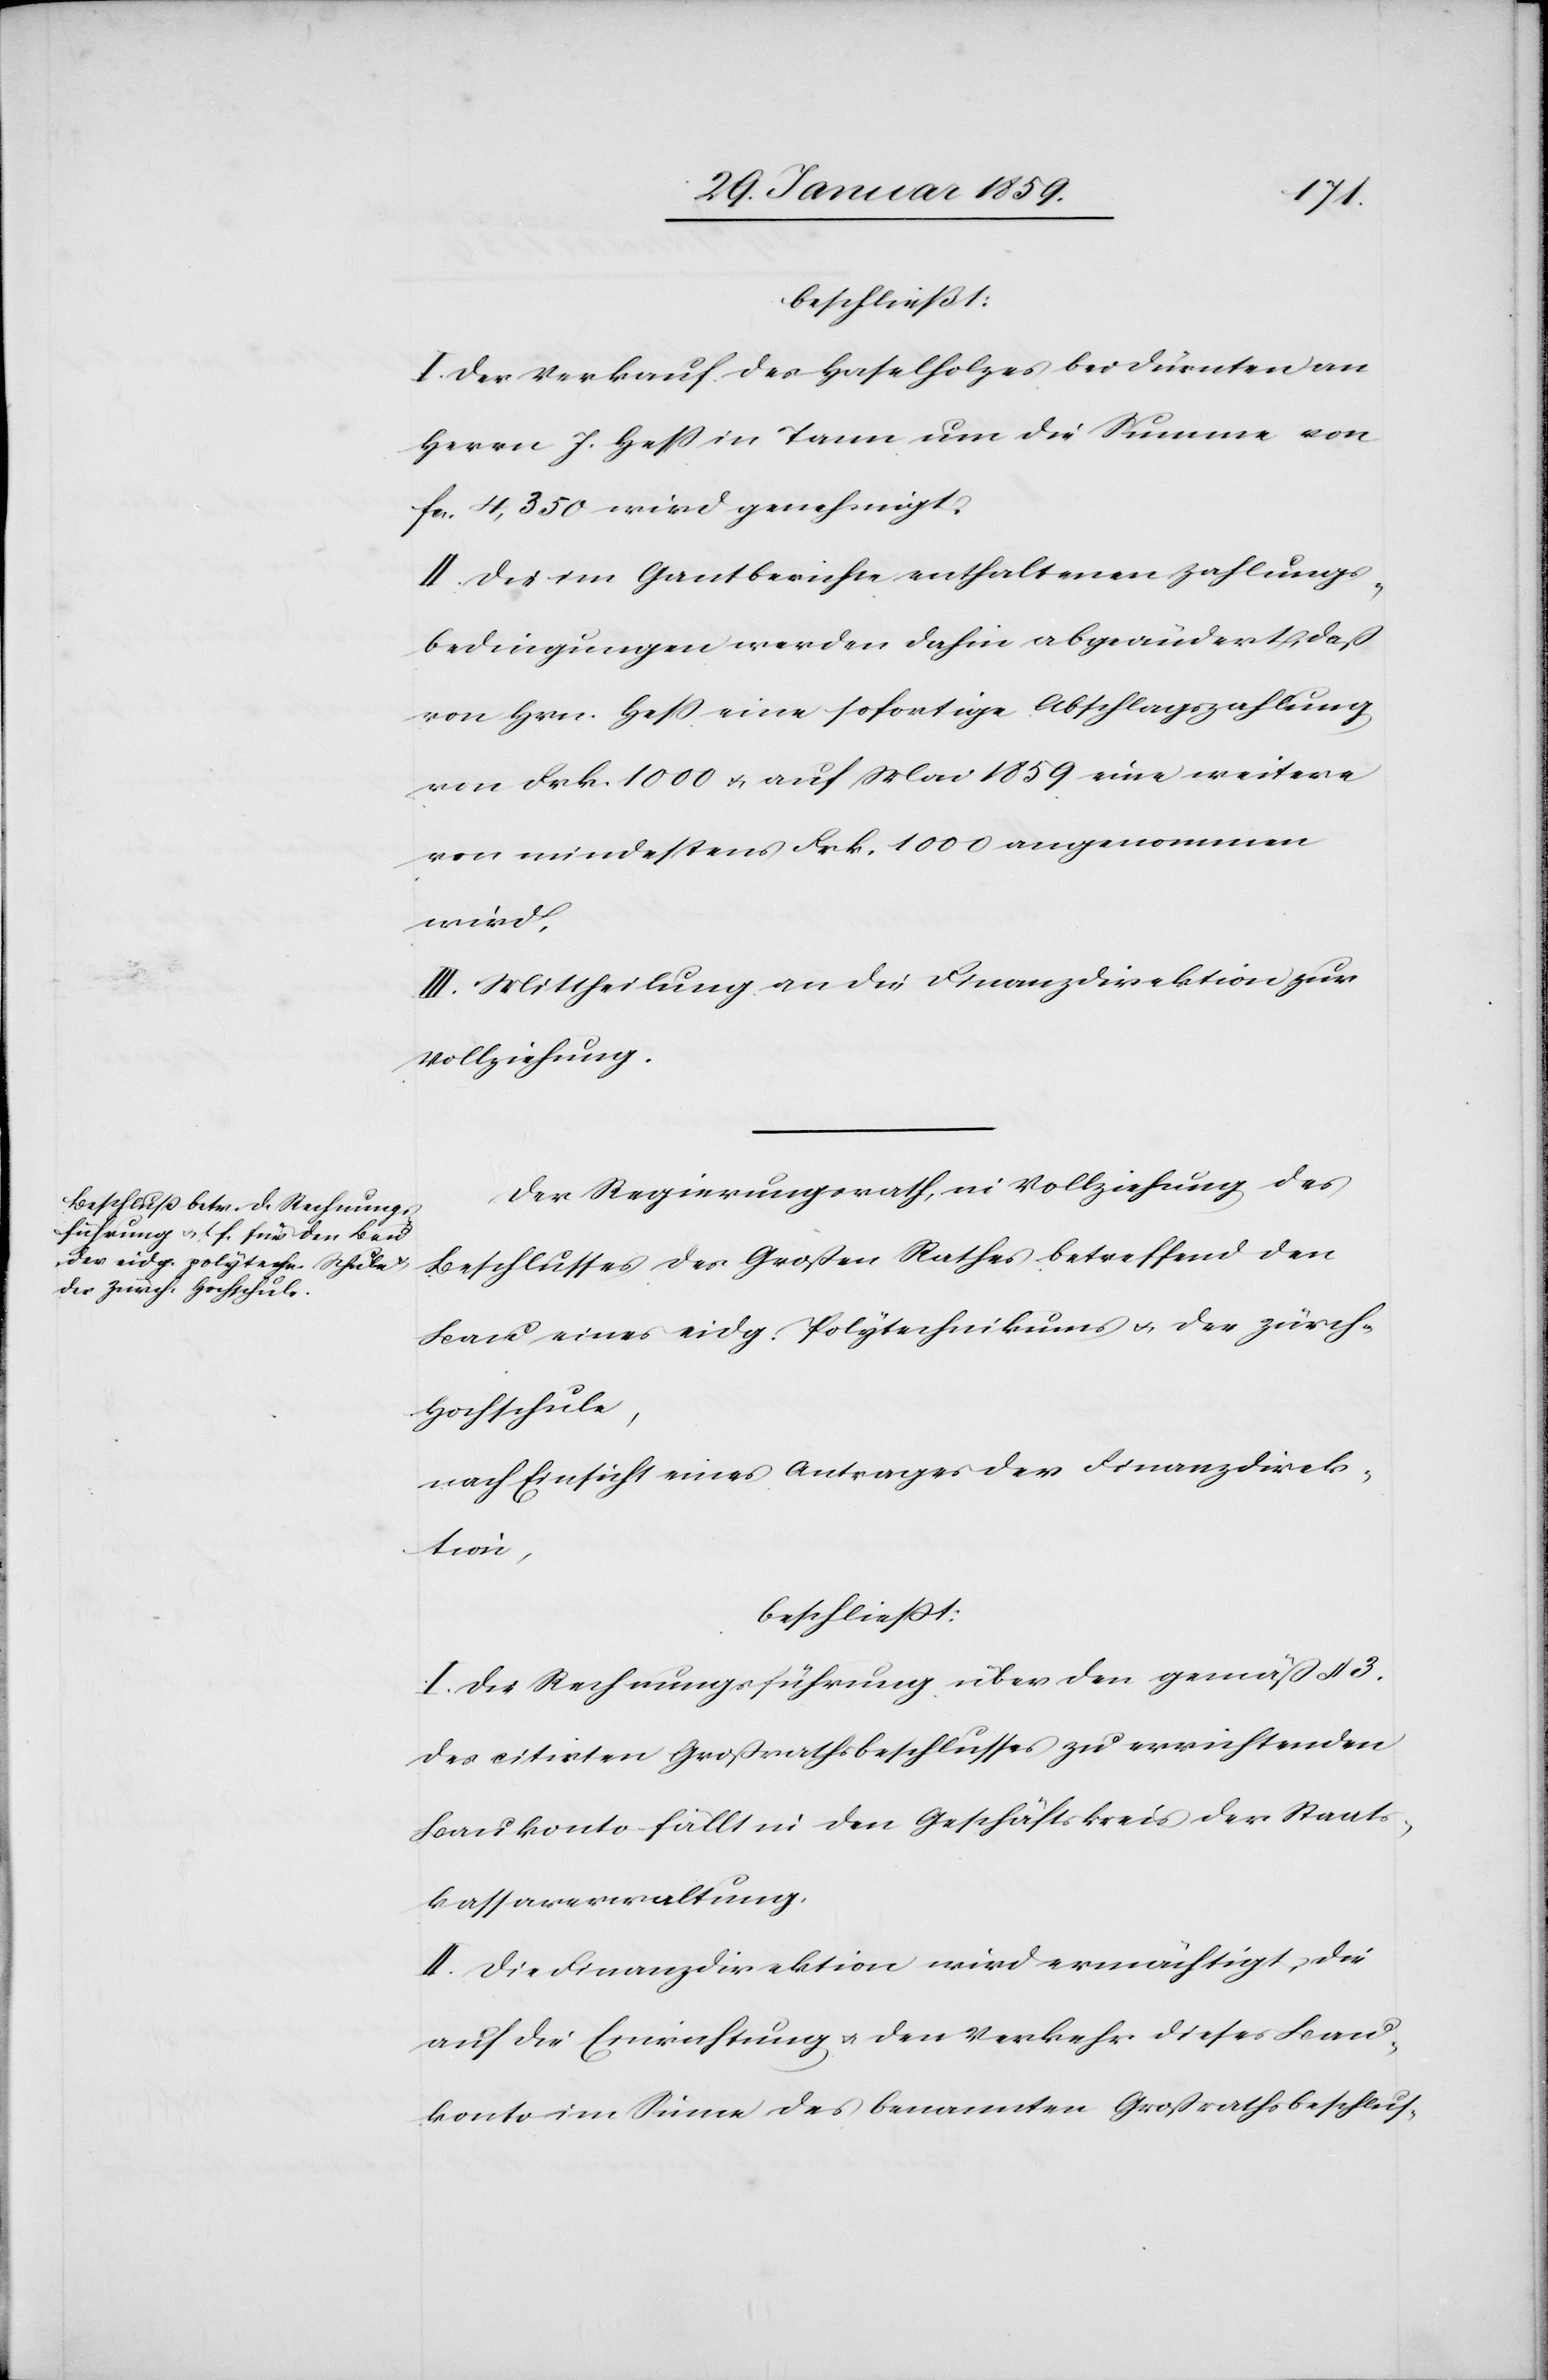
beschließt:
I. Der Verkauf des Haselholzes bei Dürnten an
Herrn J. Heß in Tann um die Summe von
fcs. 4,350 wird genehmigt.
II. Die im Gantberichte enthaltenen Zahlungs¬
bedingungen werden dahin abgeändert, daß
von Hrn. Heß eine sofortige Abschlagszahlung
von Frk. 1000 u. auf Mai 1859 eine weitere
von mindestens Frk. 1000 angenommen
wird.
III. Mittheilung an die Finanzdirektion zur
Vollziehung.
Der Regierungsrath, in Vollziehung des
Beschlusses des Großen Rathes betreffend den
Bau eines eidg. Polytechnikums u. der zürch.
Hochschule,
nach Einsicht eines Antrages der Finanzdirek¬
tion,
beschließt:
I. Die Rechnungsführung über den gemäß § 3.
des citirten Großratsbeschlusses zu errichtenden
Baukonto fällt in den Geschäftskreis der Staats¬
kassaverwaltung.
II Die Finanzdirektion wird ermächtigt, die
auf die Einrichtung u. den Verkehr dieses Bau¬
konto im Sinne des benannten Großrathsbeschlus-